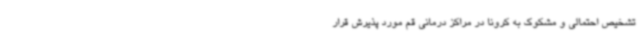
تشخیص احتمالی و مشکوک به کرونا در مراکز درمانی قم مورد پذیرش قرار